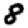
Digit: 8